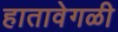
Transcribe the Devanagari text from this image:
हातावेगळी